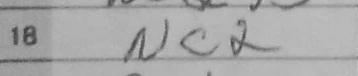
Transcription: Nc2